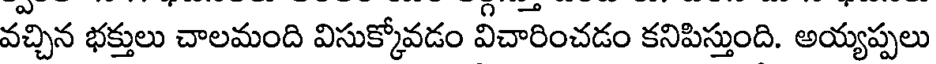
వచ్చిన భక్తులు చాలమంది విసుక్కోవడం వీచారించడం కనిపిస్తుంది. అయ్యప్పలు